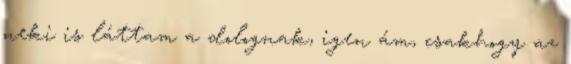
neki is láttam a dolognak, igen ám, csakhogy az